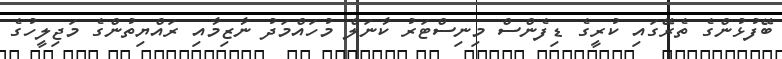
ބޭފުޅުންގެ ތެރޭގައި ކުރީގެ ޑިފެންސް މިނިސްޓަރު ކާނަލް މުހައްމަދު ނާޒިމާއި ރައްޔިތުންގެ މަޖިލީހުގެ